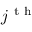
j ^ { \mathrm { ~ t ~ h ~ } }